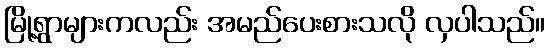
မြို့ရွာများကလည်း အမည်ပေးစားသလို လှပါသည်။